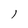
Character: l